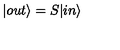
| o u t \rangle = S | i n \rangle